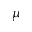
\mu